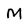
Character: M